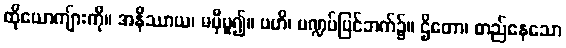
ထိုယောကျ်ားကို။ အနိဿာယ၊ မမှီမူ၍။ ဗဟိ၊ မဏ္ဍပ်ပြင်ဘက်၌။ ဌိတော၊ တည်နေသော